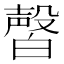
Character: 㿦